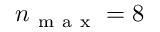
n _ { \mathrm { ~ m ~ a ~ x ~ } } = 8